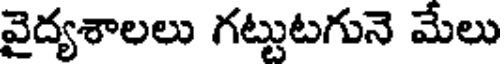
వైద్యశాలలు గట్టుటగునె మేలు